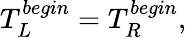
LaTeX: T_{L}^{begin}=T_{R}^{begin},